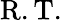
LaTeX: \mathrm{{R.T.}}